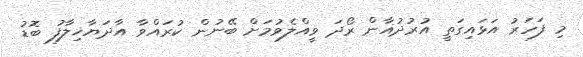
މި ފަހަރު އަޅައިގަތީ އުރުދުޣާން ރޯދަ ވީއްލެވުމަށް ބޭނުން ކުރައްވާ އާދަޔާޚިލާފު ބޮޑު